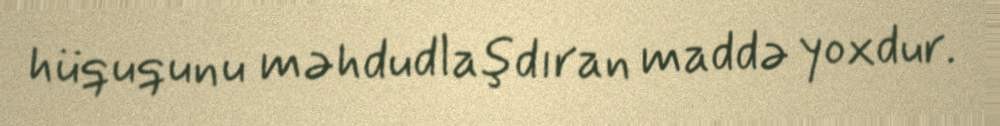
hüququnu məhdudlaşdıran maddə yoxdur.